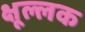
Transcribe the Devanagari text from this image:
क्षूल्लक